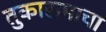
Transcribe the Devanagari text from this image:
तुकारामाचा